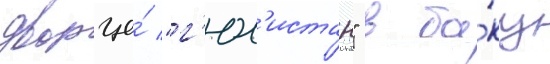
дворце́ "г'юл'истан" в ба́ку